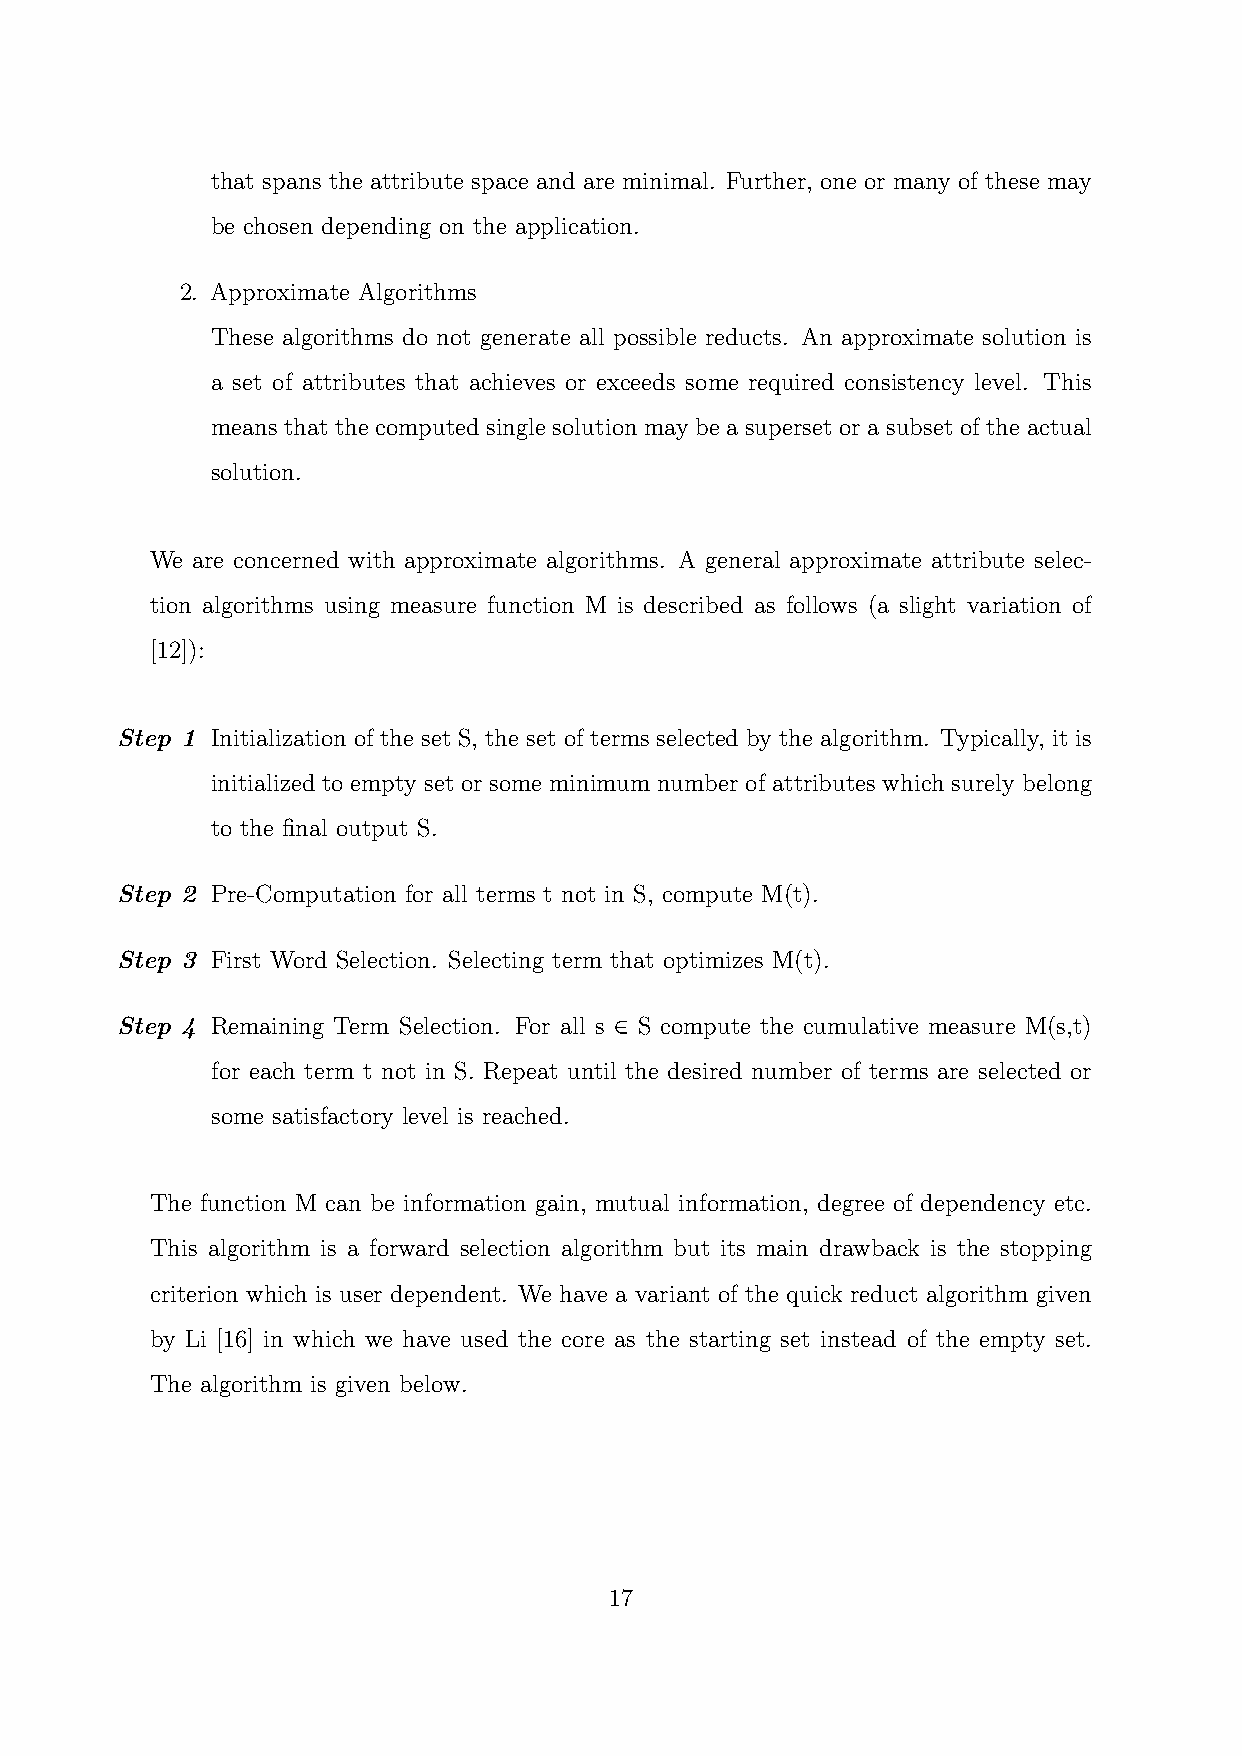
that spans the attribute space and are minimal. Further, one or many of these may
 be chosen depending on the application.
 2. Approximate Algorithms
 These algorithms do not generate all possible reducts. An approximate solution is
 a set of attributes that achieves or exceeds some required consistency level. This
 means that the computed single solution may be a superset or a subset of the actual
 solution.
 We are concerned with approximate algorithms. A general approximate attribute selec-
 tion algorithms using measure function M is described as follows (a slight variation of
 [12]):
 Step 1 Initialization of the set S, the set of terms selected by the algorithm. Typically, it is
 initialized to empty set or some minimum number of attributes which surely belong
 to the final output S.
 Step 2 Pre-Computation for all terms t not in S, compute M(t).
 Step 3 First Word Selection. Selecting term that optimizes M(t).
 Step 4 Remaining Term Selection. For all s ∈ S compute the cumulative measure M(s,t)
 for each term t not in S. Repeat until the desired number of terms are selected or
 some satisfactory level is reached.
 The function M can be information gain, mutual information, degree of dependency etc.
 This algorithm is a forward selection algorithm but its main drawback is the stopping
 criterion which is user dependent. We have a variant of the quick reduct algorithm given
 by Li [16] in which we have used the core as the starting set instead of the empty set.
 The algorithm is given below.
 17